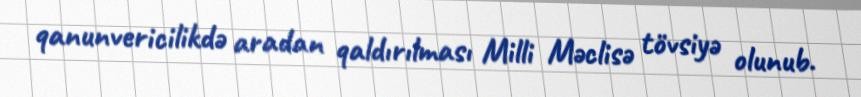
qanunvericilikdə aradan qaldırılması Milli Məclisə tövsiyə olunub.